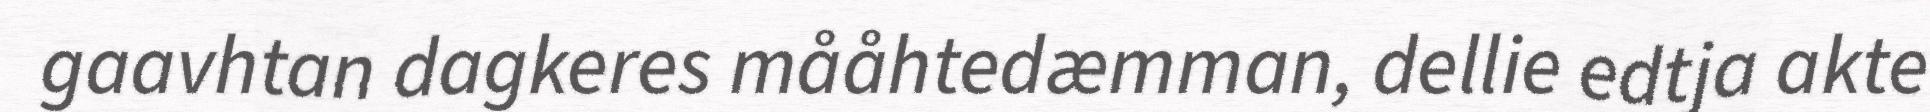
gaavhtan dagkeres mååhtedæmman, dellie edtja akte